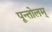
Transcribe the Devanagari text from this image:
पून्तोलम्